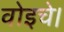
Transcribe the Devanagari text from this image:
वोइचे।